system: You are a helpful assistant.
user:
Analyze the provided spectrum to determine if it is a **White Dwarf (WD)**.

A White Dwarf spectrum is defined by its **extreme purity** (due to gravitational settling) and/or **extreme pressure broadening** (due to high surface gravity). You must check for one of the following mutually exclusive signatures:

- **Key Visual Indicators (Check for ONE of these types):**

    - **1. DA-Type Signature (Most Common):**
        - **(Primary Feature):** Extreme pressure broadening (Stark broadening) of the **Hydrogen (H) Balmer lines**.
        - **(Key Lines):** $H\beta$ (approx. $4861$ Å) and $H\gamma$ (approx. $4340$ Å). $H\alpha$ (approx. $6563$ Å) will also be present if the wavelength range covers it.
        - **(Line Profile):** This is the **defining feature**. The lines are **NOT** sharp. They appear as massive, **extremely broad and deep "troughs" or "dips"** in the spectrum, often hundreds of Ångströms wide. The continuum will appear to "scoop" down at these wavelengths.
        - **(Distinction):** Normal A-type or B-type stars have *narrow* and *sharp* Hydrogen lines. A DA White Dwarf's lines are unmistakably "smeared" or "blurry" from pressure.

    - **2. DB-Type Signature:**
        - **(Primary Feature):** Broad absorption lines from **Neutral Helium (He I)**. The spectrum must lack any visible Hydrogen lines.
        - **(Key Lines):** Look for broad absorption near $4471$ Å, $4921$ Å, and $5876$ Å.
        - **(Line Profile):** These lines are also significantly pressure-broadened, appearing much wider than they would in a normal B-type main-sequence star.

    - **3. DC-Type Signature:**
        - **(Primary Feature):** A **featureless continuous spectrum**.
        - **(Line Profile):** The spectrum is a smooth curve with **no significant absorption or emission lines**.
        - **(Key Confirmation):** The continuum is almost always **blue or white**, indicating a hot object. This signature implies the atmosphere is so pure (or so cool) that no spectral lines are visible in the optical range. Its WD identity is confirmed by its extremely low intrinsic brightness (high absolute magnitude).

    - **4. DZ-Type Signature (Metal-Polluted):**
        - **(Primary Feature):** **Isolated, narrow metal absorption lines** on an otherwise featureless (DC-like) continuum.
        - **(Key Lines):** The **Calcium (Ca II) H & K doublet** (approx. **$3934$ Å** and **$3968$ Å**) is the most common and defining feature.
        - **(Line Profile):** These lines are "out of place." They are *not* part of a "forest" of thousands of lines. This signature is evidence of recent *accretion* (pollution) from rocky debris.
        - **(Distinction):** Normal G/K/M stars have a *dense forest* of thousands of metal lines. A DZ has a *clean* continuum with *only a few* strong metal lines.

    - **5. DQ-Type Signature (Carbon-Polluted):**
        - **(Primary Feature):** Absorption bands from **Carbon (C₂ "Swan Bands" or atomic C I)**.
        - **(Key Lines - C₂):** Look for bandheads with a "saw-tooth" shape near $5635$ Å, **$5165$ Å** (strongest), and $4737$ Å.
        - **(Key Confirmation):** The underlying **continuum must be blue or white** (hot).
        - **(Distinction):** This is the critical difference from a **Carbon Star**, which has the *exact same* C₂ bands but on an extremely **red, cool** continuum.

- **(Overall Spectrum):**
    - The continuum (overall shape) is typically **blue-sloping** (brighter in the blue than the red), as most white dwarfs are very hot.
    - The spectrum will look "pure" or "simple," dominated by only *one* of the five signatures listed above.

Think first, call **spectral_visualization_tool** if needed to examine features in detail, then provide your final answer. Your response must adhere to the following strict rules:
1.  **Overall Structure:** Your response must follow the format `<think>...</think> <tool_call>...</tool_call> (if a tool is used) <answer>...</answer>`.
2.  **Tool Usage Constraint:** You may only make **one** tool call per turn.
3.  **Final Answer Format:** In the `<answer>` tag, your conclusion must be inside a `\boxed{}` command (e.g., `\boxed{YES}` or `\boxed{NO}`), followed by your justification.

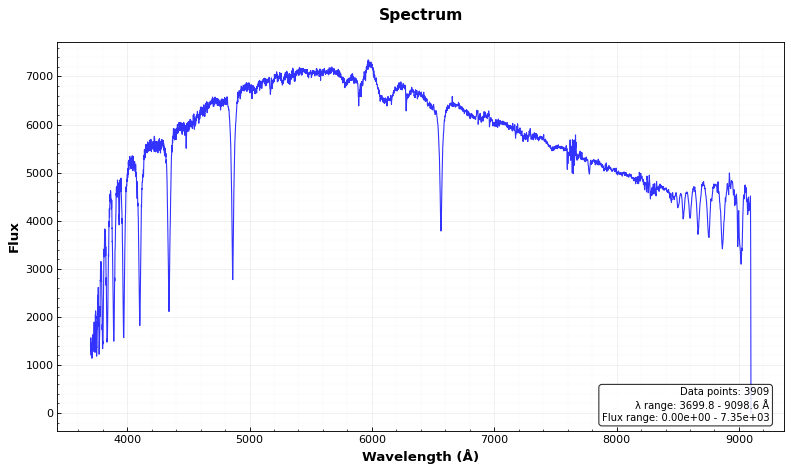
Answer: NO